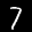
Label: 7